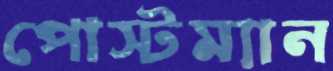
পোস্টম্যান